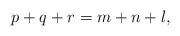
LaTeX: \begin{align*}p+q+r=m+n+l,\end{align*}